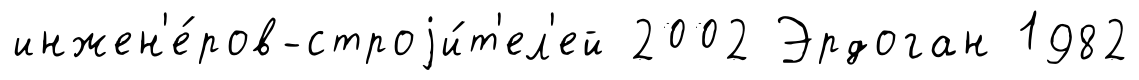
инжен'е́ров-строjи́т'ел'ей 2002 Эрдоган 1982